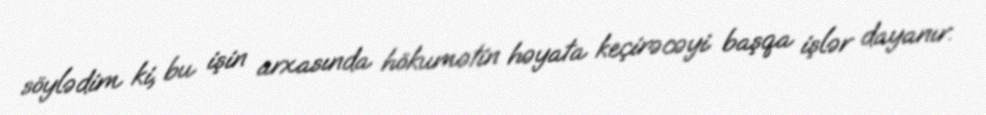
söylədim ki, bu işin arxasında hökumətin həyata keçirəcəyi başqa işlər dayanır.